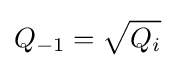
Q_{-1}={\sqrt {Q_{i}}}